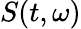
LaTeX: S(t,\omega)